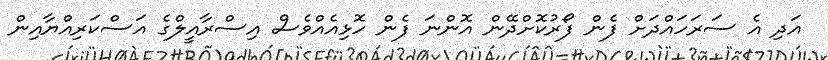
އަދި އެ ސަރަހައްދަށް ފެން ފޯރުކޮށްދޭން އޮންނަ ފެން ހޮޅިއެއްވެސް އިސްރާއީލްގެ އަސްކަރިއްޔާއިން